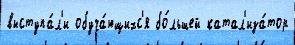
выступа́л'и обуча́ющихс'я бо́льшей катал'иза́тор